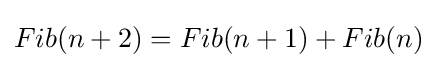
Fib(n+2)=Fib(n+1)+Fib(n)